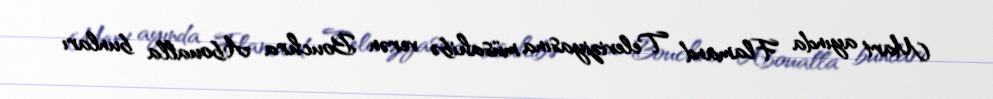
Mart ayında Flamand Televiziyasına müsahibə verən Bouchra Aboualla bunları